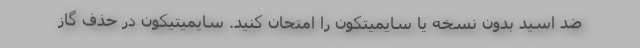
ضد اسید بدون نسخه یا سایمیتکون را امتحان کنید. سایمیتیکون در حذف گاز